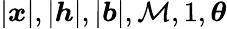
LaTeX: |\boldsymbol{x}|,|\boldsymbol{h}|,|\boldsymbol{b}|,\mathcal{M},1,\boldsymbol{\theta}